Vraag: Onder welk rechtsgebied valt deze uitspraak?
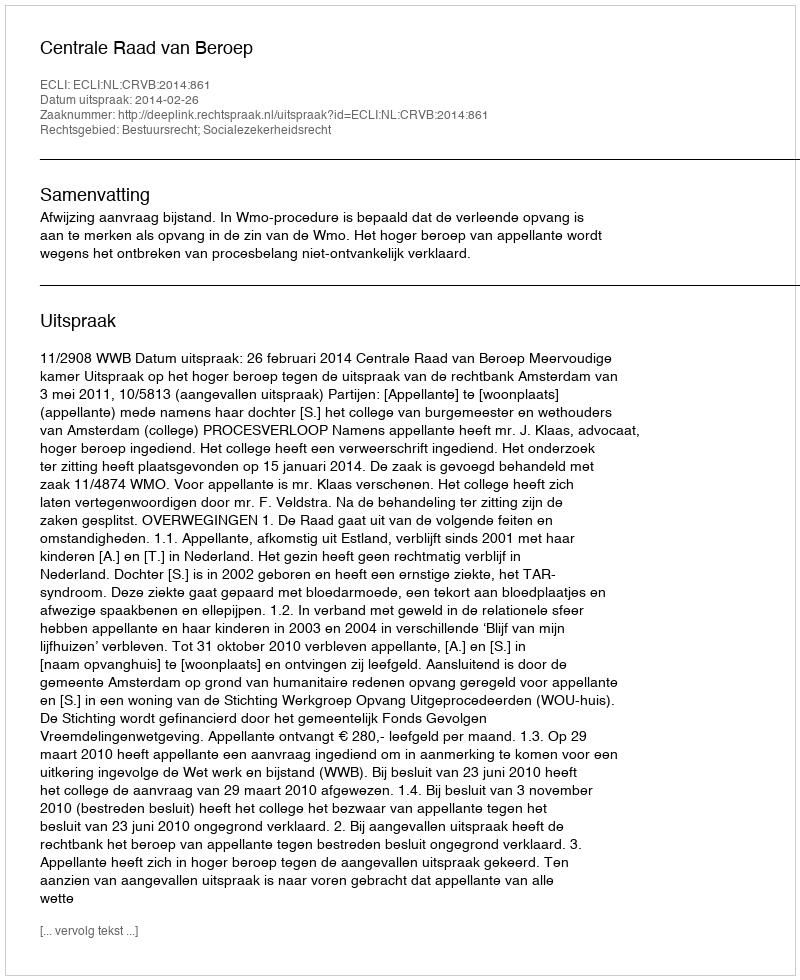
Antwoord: Bestuursrecht; Socialezekerheidsrecht